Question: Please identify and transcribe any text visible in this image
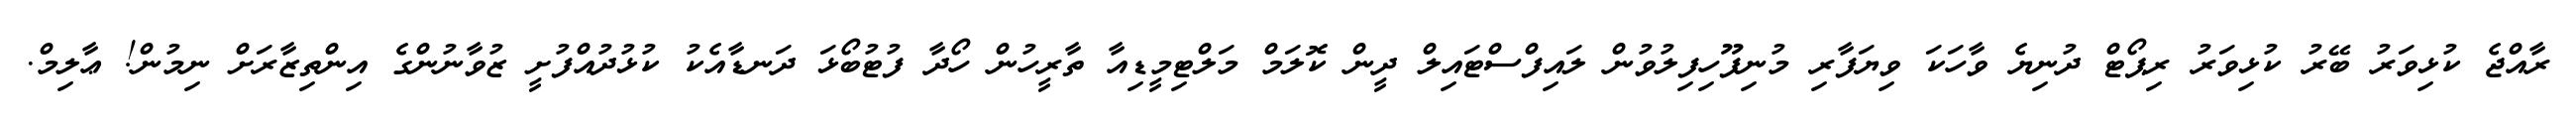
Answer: ރާއްޖެ ކުޅިވަރު ބޭރު ކުޅިވަރު ރިޕޯޓް ދުނިޔެ ވާހަކަ ވިޔަފާރި މުނިފޫހިފިލުވުން ލައިފްސްޓައިލް ދީން ކޮލަމް މަލްޓިމީޑިއާ ތާރީހުން ހޯދާ ފުޓުބޯޅަ ދަނޑާއެކު ކުޅުދުއްފުށީ ޒުވާނުންގެ އިންތިޒާރަށް ނިމުން! ޢާލިމް.